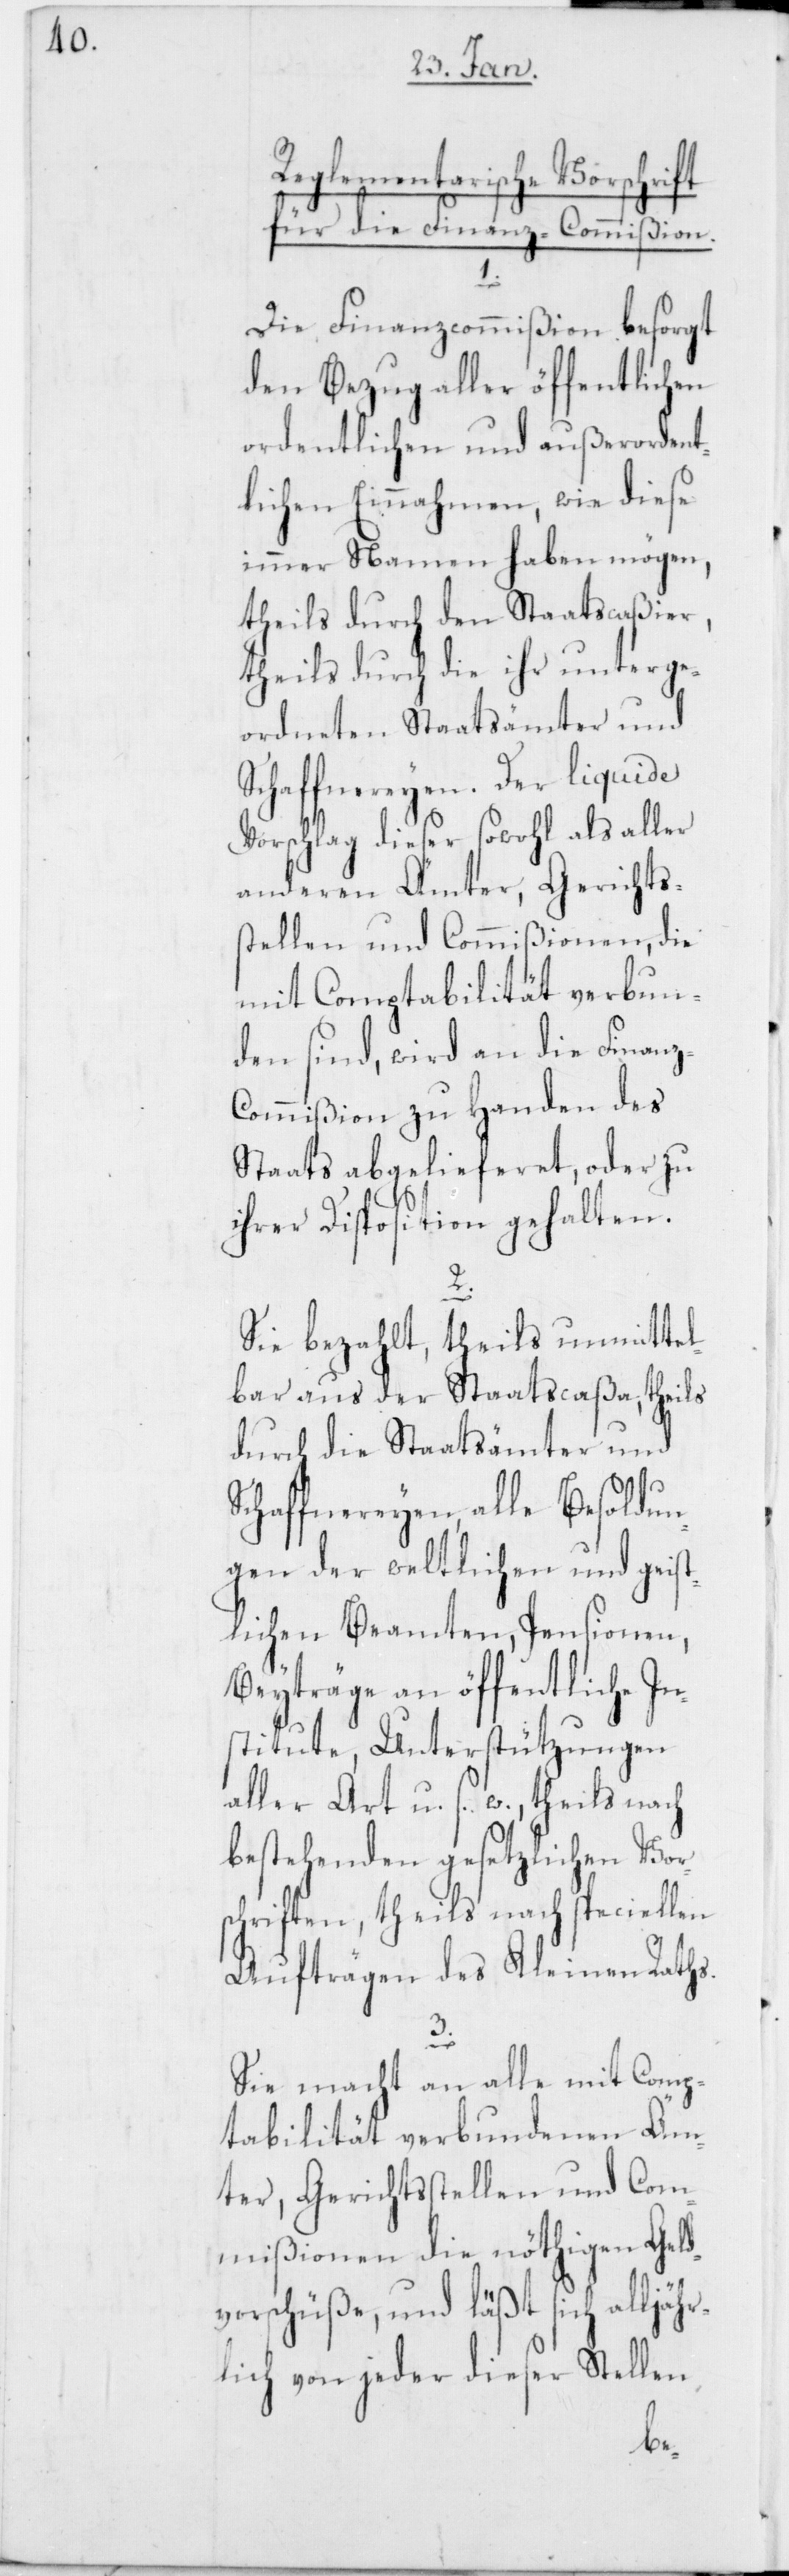
eglementarische Vorschrift
für die Finanz-Commißion.
1.
Die Finanzcommißion besorgt
den Bezug aller öffentlichen
ordentlichen und außerordent¬
lichen Einnahmen, wie diese
immer Namen haben mögen,
theils durch den Staatscaßier,
theils durch die ihr unterge¬
ordneten Staatsämter und
Schaffnereyen. Der liquide
Vorschlag dieser sowohl als aller
anderen Ämter, Gerichts¬
stellen und Commißionen, die
mit Comptabilität verbun¬
den sind, wird an die Finan¬
z-Commißion zu Handen des
Staats abgelieferet, oder zu
ihrer Disposition gehalten.
2.
Sie bezahlt, theils unmittel¬
bar aus der Staatscaßa, theils
durch die Staatsämter und
Schaffnereyen, alle Besoldun¬
gen der weltlichen und geist¬
lichen Beamten, Pensionen,
Beyträge an öffentliche In¬
stitute, Unterstützungen
aller Art u. s. w., theils nach
bestehenden gesetzlichen Vor¬
schriften, theils nach speciellen
Aufträgen des Kleinen Raths.
3.
Sie macht an alle mit Comp¬
tabilität verbundenen Äm¬
ter, Gerichtsstellen und Com¬
mißionen die nöthigen Geld¬
vorschüße, und läßt sich alljähr¬
lich von jeder dieser Stellen